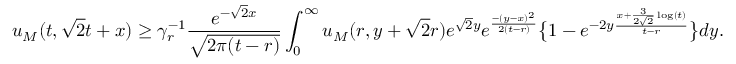
u _ { M } ( t , \sqrt { 2 } t + x ) \geq \gamma _ { r } ^ { - 1 } \frac { e ^ { - \sqrt { 2 } x } } { \sqrt { 2 \pi ( t - r ) } } \int _ { 0 } ^ { \infty } u _ { M } ( r , y + \sqrt { 2 } r ) e ^ { \sqrt { 2 } y } e ^ { \frac { - ( y - x ) ^ { 2 } } { 2 ( t - r ) } } \bigl \{ 1 - e ^ { - 2 y \frac { x + \frac { 3 } { 2 \sqrt { 2 } } \log ( t ) } { t - r } } \bigr \} d y .